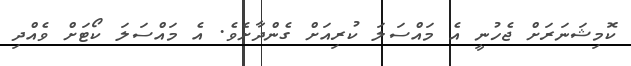
ކޮމިޝަނަރަށް ޖެހުނީ އެ މައްސަލަ ކުރިއަށް ގެންދާށެވެ. އެ މައްސަލަ ކޯޓަށް ވެއްދި